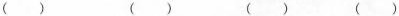
（ ） （ ） （ ） （ ）